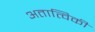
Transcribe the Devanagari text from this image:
अतात्विकी